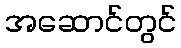
အဆောင်တွင်